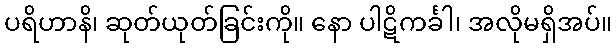
ပရိဟာနိ၊ ဆုတ်ယုတ်ခြင်းကို။ နော ပါဋိကင်္ခါ၊ အလိုမရှိအပ်။